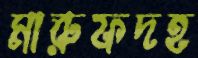
মারুফদহ